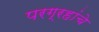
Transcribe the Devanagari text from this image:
परग्रहांचे